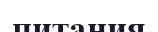
питания